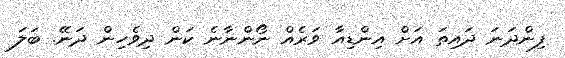
ފިންދަނަ ދައިތަ އަށް އިންޑިއާ ވަރެއް ނޯންނާނެ ކަން ދިވެހިން ދަނޭ. ބަލަ